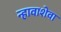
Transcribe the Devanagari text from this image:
न्हावाशेवा